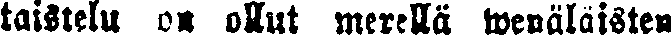
taistelu on ollut merellä wenäläisten